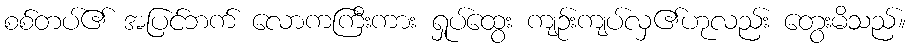
စစ်တပ်၏ အပြင်ဘက် လောကကြီးကား ရှုပ်ထွေး ကျဉ်းကျပ်လှ၏ဟုလည်း တွေးမိသည်။